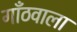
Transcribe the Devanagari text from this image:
गाँठवाला